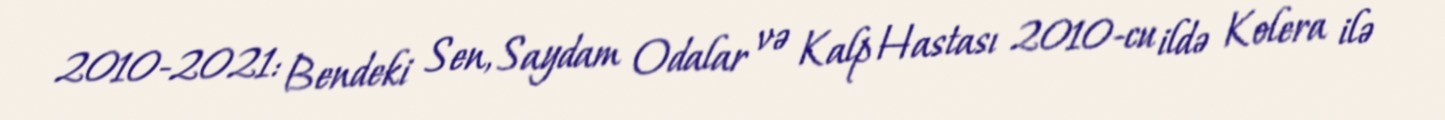
2010-2021: Bendeki Sen, Saydam Odalar və Kalp Hastası 2010-cu ildə Kolera ilə